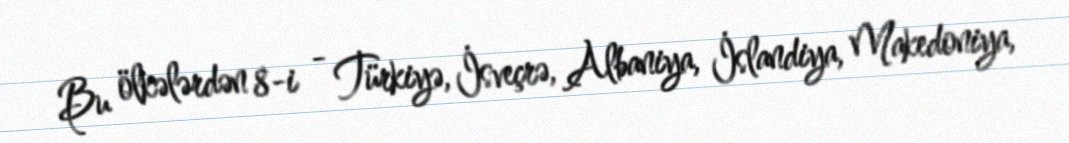
Bu ölkələrdən 8-i - Türkiyə, İsveçrə, Albaniya, İslandiya, Makedoniya,